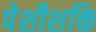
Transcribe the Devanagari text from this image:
पेशीशक्ति